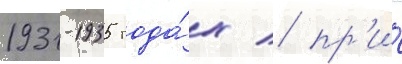
1931-1935 года́х / пр'и́